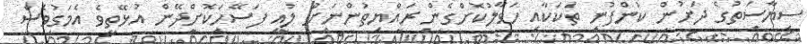
ސިޔާސަތުގެ ދަށުން ކުންފުނި ތަކަކާއި ހަވާލުކޮށްގެން ރައްޔިތުންނަށް ލުއި ފަސޭހަކޮށްދޭން އުޅޭތީވެ އެމަގުވެސް